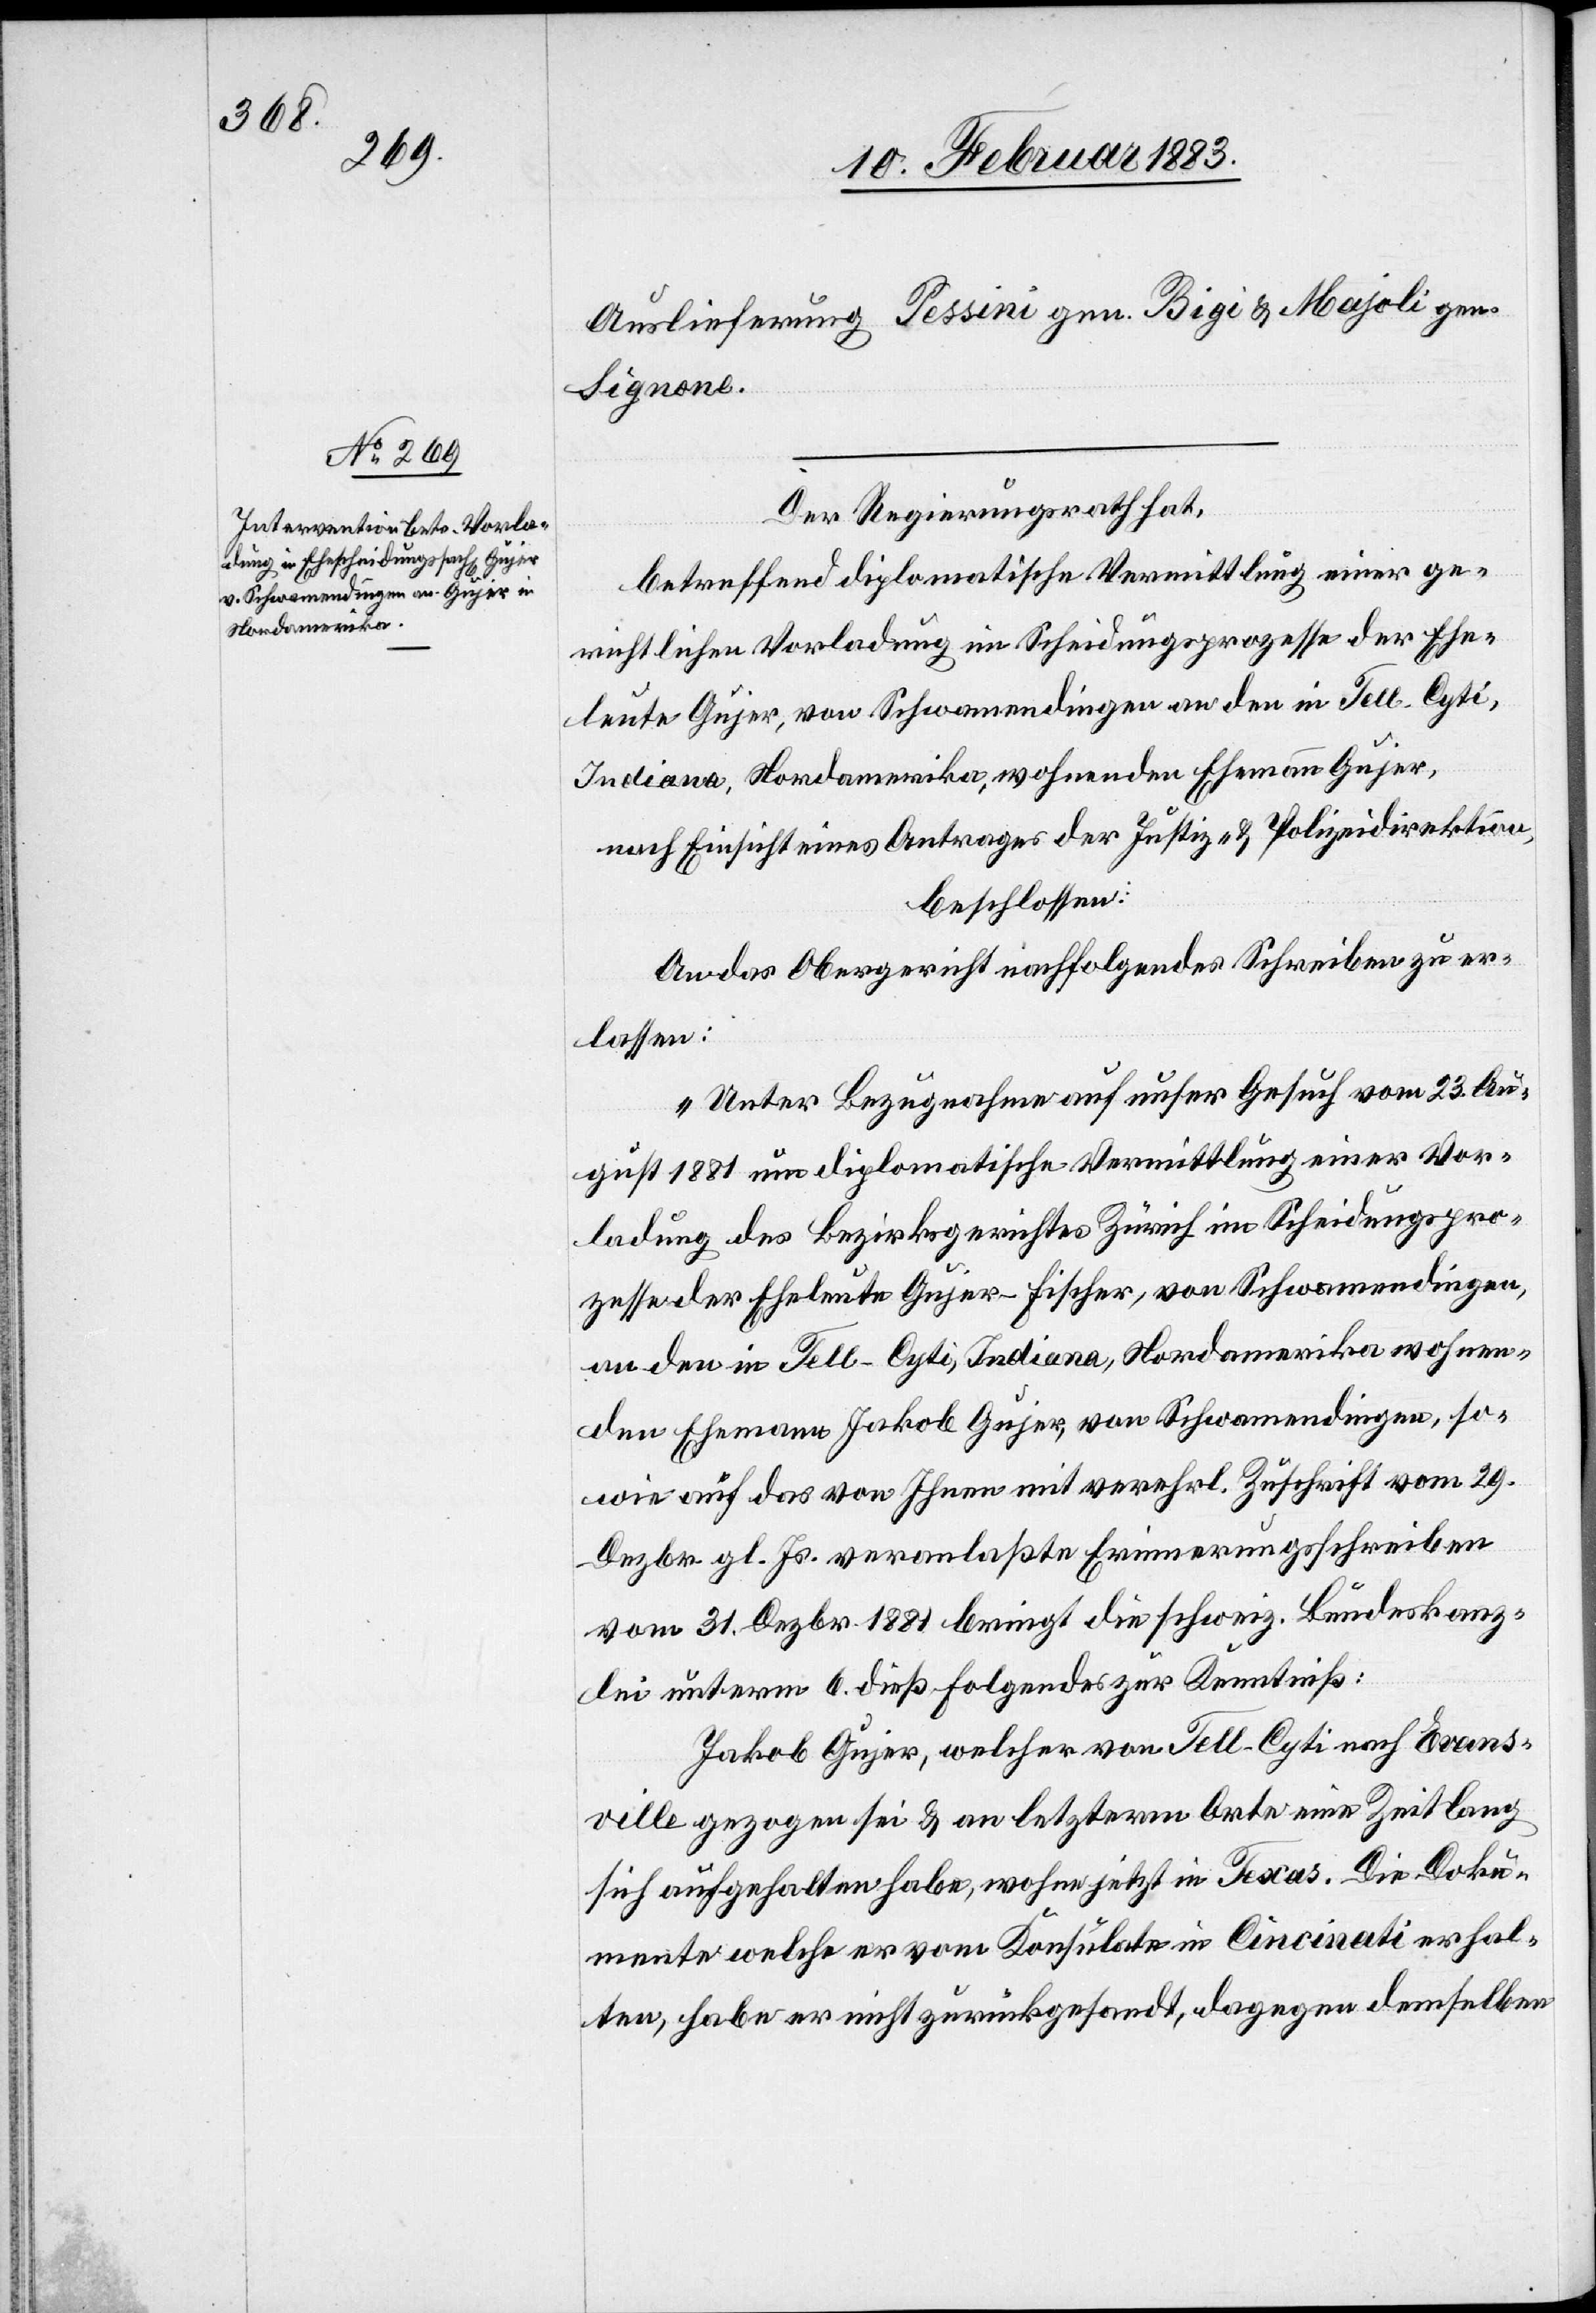
11. Februar 1883.]
Auslieferung Pessini [sic!] gen. Bigi & Majoli gen.
Signone
Der Regierungsrath hat,
betreffend diplomatische Vermittlung einer ge¬
richtlichen Vorladung im Scheidungsprozesse der Ehe¬
leute Gujer, von Schwamendingen an den in Tell Cyti
Indiana, Nordamerika, wohnenden Ehemann Gujer,
nach Einsicht eines Antrages der Justiz- & Polizeidirektion,
beschlossen
An das Obergericht nachfolgendes Schreiben zu er¬
lassen:
„Unter Bezugnahme auf unser Gesuch vom 23. Au¬
gust 1881 um diplomatische Vermittlung einer Vor¬
ladung des Bezirksgerichtes Zürich im Scheidungspro¬
zesse der Eheleute Gujer-Fischer, von Schwamendingen,
an den in Tell-Cyti, Indiana, Nordamerika wohnen¬
den Ehemann Jakob Gujer, von Schwamendingen, so¬
wie auf das von Ihnen mit verehrl. Zuschrift vom 29.
Dezbr. gl. Js. veranlaßte Erinnerungsschreiben
vom 31. Dezbr. 1881 bringt die schweiz. Bundeskanz¬
lei unterm 6. dieß Folgendes zur Kenntniß:
Jakob Gujer, welcher von Tell-Cyti nach Evans¬
ville gezogen sei & an letzterm Orte eine Zeit lang
sich aufgehalten habe, wohne jetzt in Texas. Die Doku¬
mente welche er vom Konsulate in Cincinati erhalten
habe, habe er nicht zurückgesandt, dagegen demselben